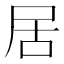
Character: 居